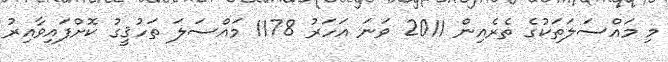
މި މައްސަލަތަކުގެ ތެރެއިން 2011 ވަނަ އަހަރު 1178 މައްސަލަ ތަހުޤީގު ކޮށްފައިވާއިރު